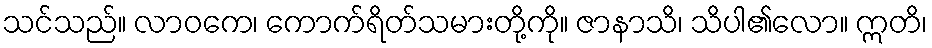
သင်သည်။ လာဝကေ၊ ကောက်ရိတ်သမားတို့ကို။ ဇာနာသိ၊ သိပါ၏လော။ ဣတိ၊